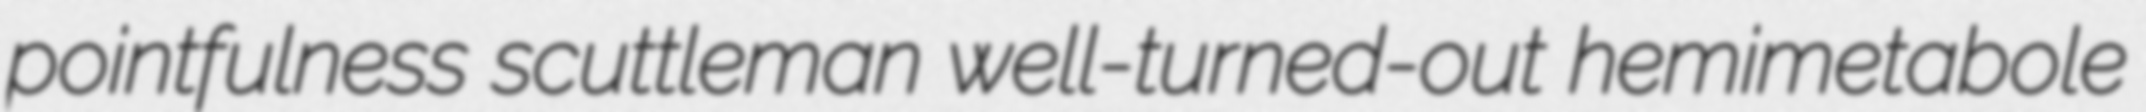
pointfulness scuttleman well-turned-out hemimetabole